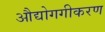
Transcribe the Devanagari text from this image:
औद्योगगीकरण